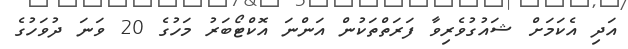
އަދި އެކަމަށް ޝައުގުވެރިވާ ފަރަތްތަކުން އަންނަ އޮކްޓޯބަރު މަހުގެ 20 ވަނަ ދުވަހުގެ